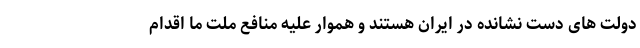
دولت های دست نشانده در ایران هستند و هموار علیه منافع ملت ما اقدام